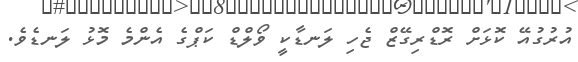
އުރުގުއޭ ކޮޅަށް ރޮޑްރިގޭޒް ޖެހި ލަނޑާކީ ވޯލްޑް ކަޕްގެ އެންމެ މޮޅު ލަނޑެވެ.